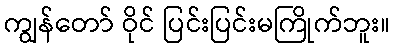
ကျွန်တော် ဝိုင် ပြင်းပြင်းမကြိုက်ဘူး။